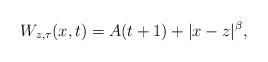
LaTeX: \begin{align*}W_{z,\tau}(x,t)=A(t+1)+|x-z|^\beta,\end{align*}